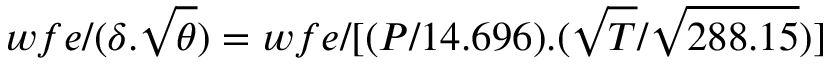
w f e / ( { \delta } . { \sqrt { \theta } } ) = w f e / [ ( P / 1 4 . 6 9 6 ) . ( { \sqrt { T } } / { \sqrt { 2 8 8 . 1 5 } } ) ]